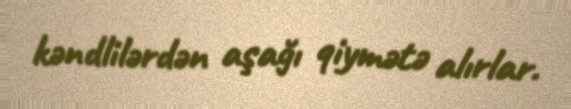
kəndlilərdən aşağı qiymətə alırlar.